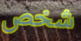
شخص